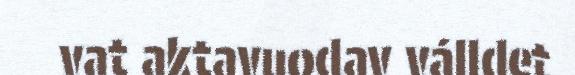
vat aktavuodav válldet